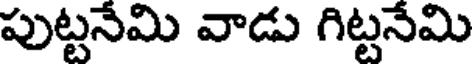
పుట్టనేమి వాడు గిట్టనేమి